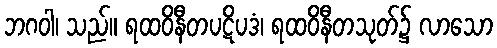
ဘဂဝါ၊ သည်။ ရထဝိနီတပဋိပဒံ၊ ရထဝိနီတသုတ်၌ လာသော